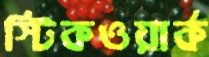
স্টিকওয়ার্ক